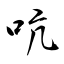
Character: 吭